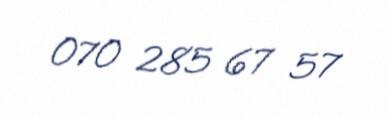
070 285 67 57